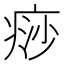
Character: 痧